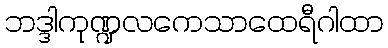
ဘဒ္ဒါကုဏ္ဍလကေသာထေရီဂါထာ